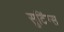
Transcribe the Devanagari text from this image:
सुटिंग्स